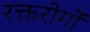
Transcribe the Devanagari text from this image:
रक्तरोगों